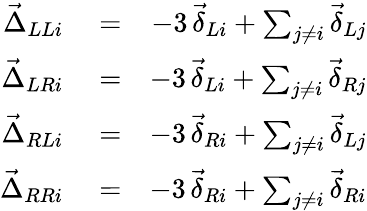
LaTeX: \begin{array}{rlr}{\vec{\Delta}_{LLi}}&{{}=}&{-3\, \vec{\delta}_{Li}+\sum_{j\neq i}\vec{\delta}_{Lj}}\\ {\vec{\Delta}_{LRi}}&{{}=}&{-3\, \vec{\delta}_{Li}+\sum_{j\neq i}\vec{\delta}_{Rj}}\\ {\vec{\Delta}_{RLi}}&{{}=}&{-3\, \vec{\delta}_{Ri}+\sum_{j\neq i}\vec{\delta}_{Lj}}\\ {\vec{\Delta}_{RRi}}&{{}=}&{-3\, \vec{\delta}_{Ri}+\sum_{j\neq i}\vec{\delta}_{Ri}}\end{array}